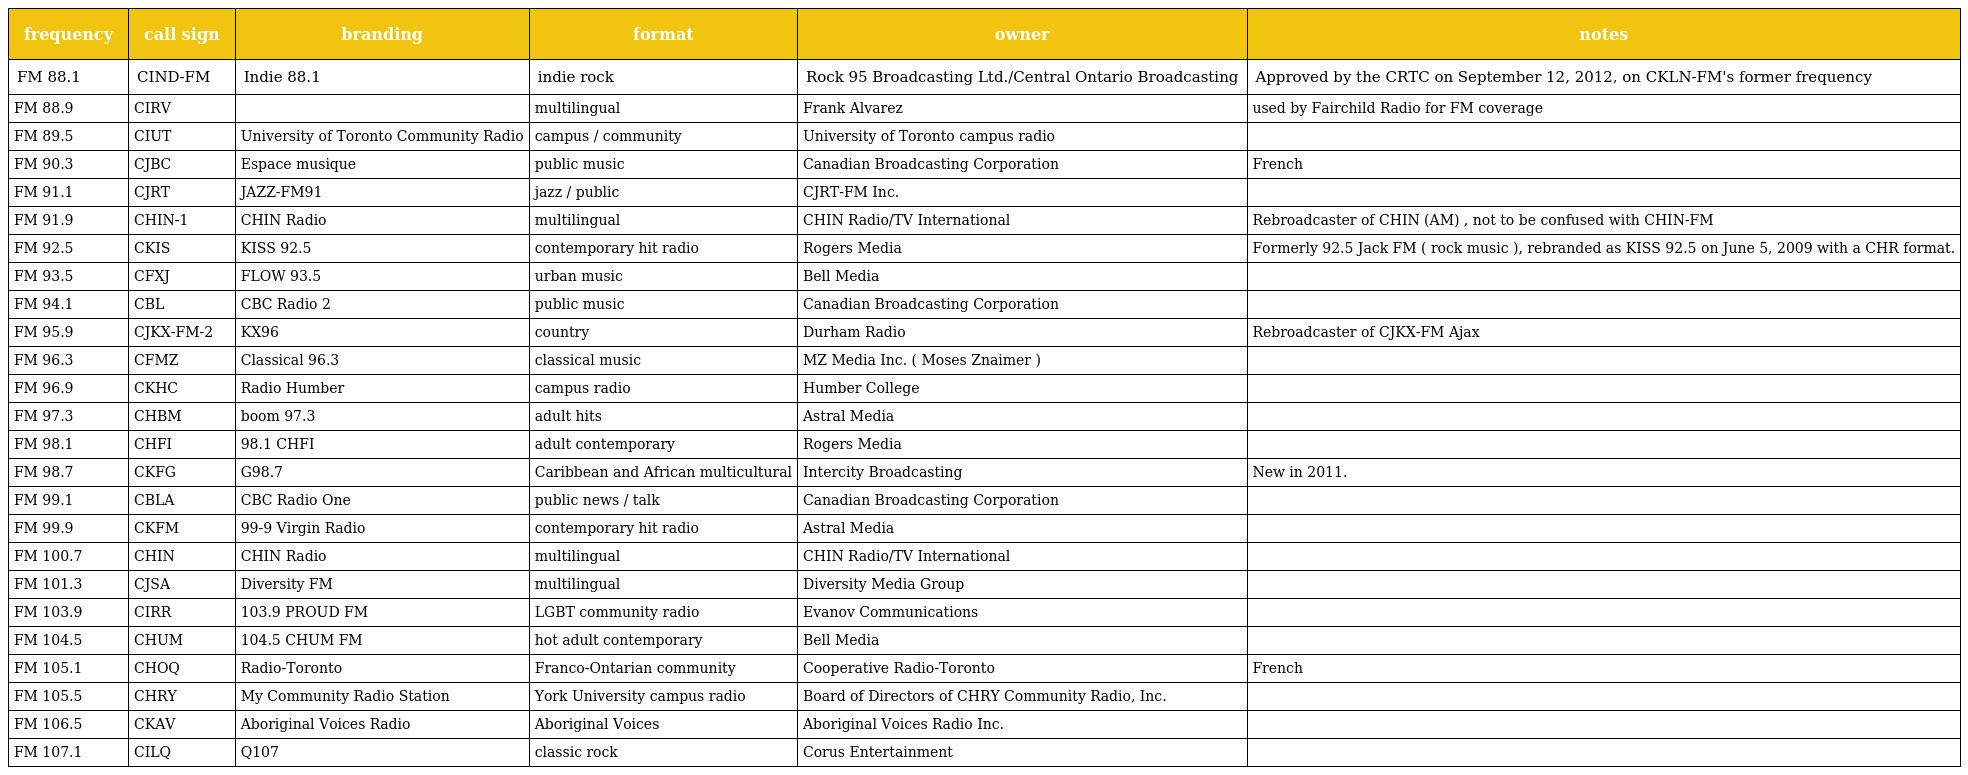
| frequency | call sign | branding | format | owner | notes |
 | --- | --- | --- | --- | --- | --- |
 | FM 88.1 | CIND-FM | Indie 88.1 | indie rock | Rock 95 Broadcasting Ltd./Central Ontario Broadcasting | Approved by the CRTC on September 12, 2012, on CKLN-FM's former frequency |
 | FM 88.9 | CIRV |  | multilingual | Frank Alvarez | used by Fairchild Radio for FM coverage |
 | FM 89.5 | CIUT | University of Toronto Community Radio | campus / community | University of Toronto campus radio |  |
 | FM 90.3 | CJBC | Espace musique | public music | Canadian Broadcasting Corporation | French |
 | FM 91.1 | CJRT | JAZZ-FM91 | jazz / public | CJRT-FM Inc. |  |
 | FM 91.9 | CHIN-1 | CHIN Radio | multilingual | CHIN Radio/TV International | Rebroadcaster of CHIN (AM) , not to be confused with CHIN-FM |
 | FM 92.5 | CKIS | KISS 92.5 | contemporary hit radio | Rogers Media | Formerly 92.5 Jack FM ( rock music ), rebranded as KISS 92.5 on June 5, 2009 with a CHR format. |
 | FM 93.5 | CFXJ | FLOW 93.5 | urban music | Bell Media |  |
 | FM 94.1 | CBL | CBC Radio 2 | public music | Canadian Broadcasting Corporation |  |
 | FM 95.9 | CJKX-FM-2 | KX96 | country | Durham Radio | Rebroadcaster of CJKX-FM Ajax |
 | FM 96.3 | CFMZ | Classical 96.3 | classical music | MZ Media Inc. ( Moses Znaimer ) |  |
 | FM 96.9 | CKHC | Radio Humber | campus radio | Humber College |  |
 | FM 97.3 | CHBM | boom 97.3 | adult hits | Astral Media |  |
 | FM 98.1 | CHFI | 98.1 CHFI | adult contemporary | Rogers Media |  |
 | FM 98.7 | CKFG | G98.7 | Caribbean and African multicultural | Intercity Broadcasting | New in 2011. |
 | FM 99.1 | CBLA | CBC Radio One | public news / talk | Canadian Broadcasting Corporation |  |
 | FM 99.9 | CKFM | 99-9 Virgin Radio | contemporary hit radio | Astral Media |  |
 | FM 100.7 | CHIN | CHIN Radio | multilingual | CHIN Radio/TV International |  |
 | FM 101.3 | CJSA | Diversity FM | multilingual | Diversity Media Group |  |
 | FM 103.9 | CIRR | 103.9 PROUD FM | LGBT community radio | Evanov Communications |  |
 | FM 104.5 | CHUM | 104.5 CHUM FM | hot adult contemporary | Bell Media |  |
 | FM 105.1 | CHOQ | Radio-Toronto | Franco-Ontarian community | Cooperative Radio-Toronto | French |
 | FM 105.5 | CHRY | My Community Radio Station | York University campus radio | Board of Directors of CHRY Community Radio, Inc. |  |
 | FM 106.5 | CKAV | Aboriginal Voices Radio | Aboriginal Voices | Aboriginal Voices Radio Inc. |  |
 | FM 107.1 | CILQ | Q107 | classic rock | Corus Entertainment |  |